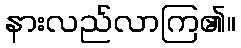
နားလည်လာကြ၏။